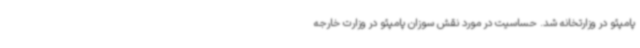
پامپئو در وزارتخانه شد. حساسیت در مورد نقش سوزان پامپئو در وزارت خارجه